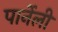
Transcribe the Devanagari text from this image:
पार्नेली